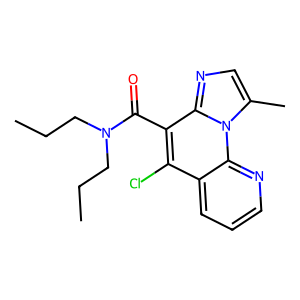
SMILES: CCCN(CCC)C(=O)c1c(Cl)c2cccnc2n2c(C)cnc12
Inhibits HIV replication: No